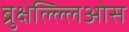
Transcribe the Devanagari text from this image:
ब्रुक्षेल्ल्लिओस